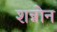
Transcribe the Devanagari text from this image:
शन्नोन